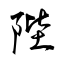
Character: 陛